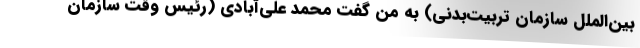
بین‌الملل سازمان تربیت‌بدنی) به من گفت محمد علی‌آبادی (رئیس وقت سازمان